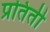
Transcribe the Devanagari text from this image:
प्रतिती